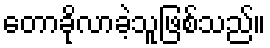
တောခိုလာခဲ့သူဖြစ်သည်။